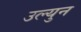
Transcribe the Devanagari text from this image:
उल्युन